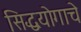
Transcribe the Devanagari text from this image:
सिद्धयोगाचे